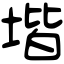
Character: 堦